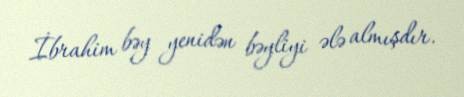
İbrahim bəy yenidən bəyliyi ələ almışdır.